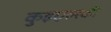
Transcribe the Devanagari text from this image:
कुइएल्स्की